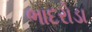
ભાદરોડા